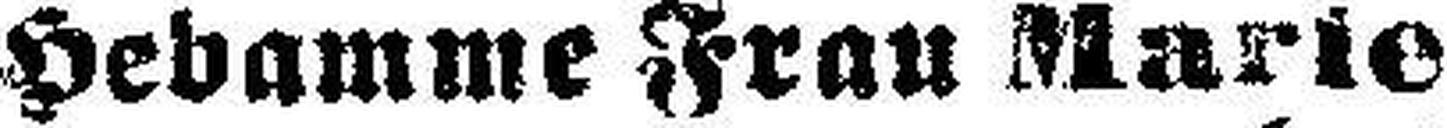
Hebamme Frau Marie